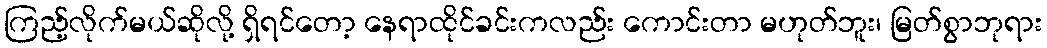
ကြည့်လိုက်မယ်ဆိုလို့ ရှိရင်တော့ နေရာထိုင်ခင်းကလည်း ကောင်းတာ မဟုတ်ဘူး၊ မြတ်စွာဘုရား